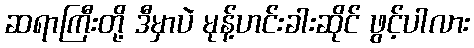
ဆရာကြီးတို့ ဒီမှာပဲ မုန့်ဟင်းခါးဆိုင် ဖွင့်ပါလား